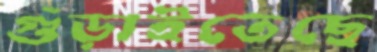
গুঁড়াইতেছে